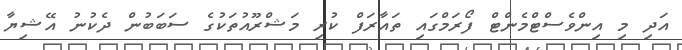
އަދި މި އިންވެސްޓްމެންޓް ފޯރަމްގައި ތައާރަފް ކުރި މަޝްރޫއުތަކުގެ ސަބަބުން ދެކުނު އޭޝިޔާ